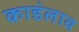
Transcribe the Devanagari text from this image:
काडंलाव